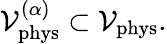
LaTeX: {\cal V}_{\mathrm{phys}}^{(\alpha)}\subset{\cal V}_{\mathrm{phys}}.